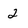
Character: 2